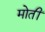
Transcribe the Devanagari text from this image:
मोतीं